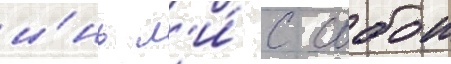
и́нь л'и́ с собои